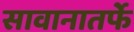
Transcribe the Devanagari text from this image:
सावानातर्फे